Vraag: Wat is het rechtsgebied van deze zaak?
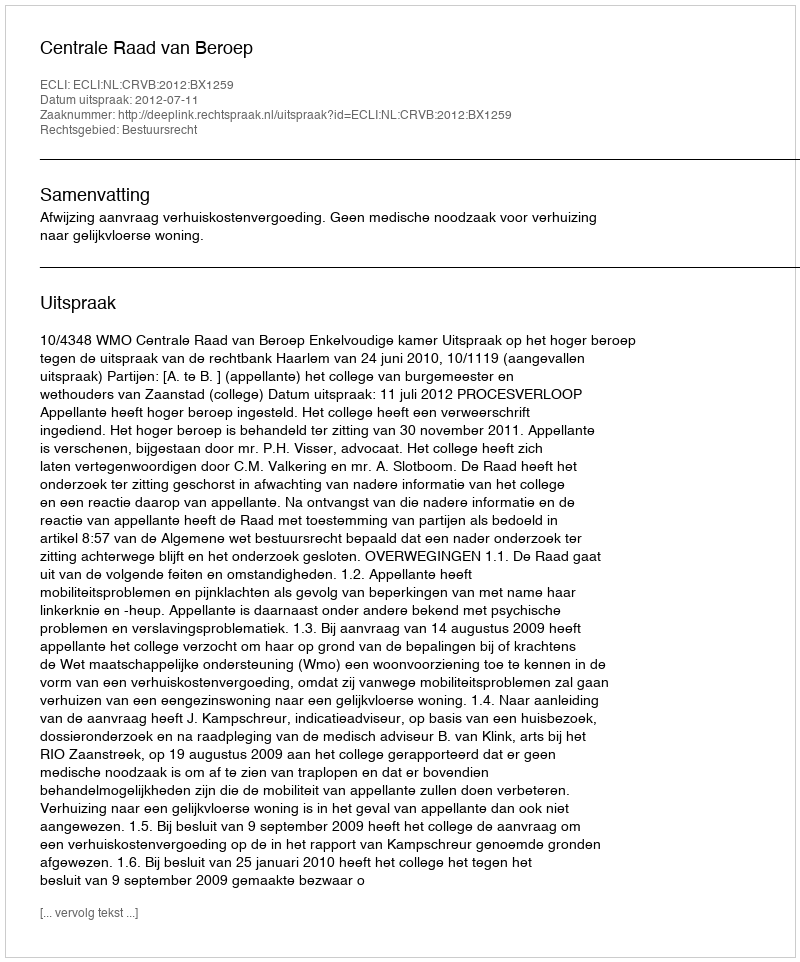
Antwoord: Bestuursrecht